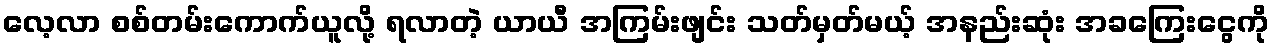
လေ့လာ စစ်တမ်းကောက်ယူလို့ ရလာတဲ့ ယာယီ အကြမ်းဖျင်း သတ်မှတ်မယ့် အနည်းဆုံး အခကြေးငွေကို